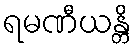
ရမဏီယန္တိ